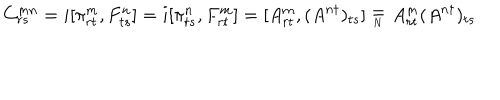
C _ { r s } ^ { m n } = i [ \pi _ { r t } ^ { m } , F _ { t s } ^ { n } ] = i [ \pi _ { t s } ^ { n } , F _ { r t } ^ { m } ] = [ A _ { r t } ^ { m } , ( A ^ { n \dagger } ) _ { t s } ] \stackrel { _ { \textstyle = } } { _ { _ { N } } } A _ { r t } ^ { m } ( A ^ { n \dagger } ) _ { t s }